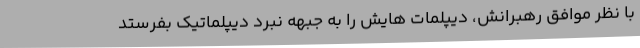
با نظر موافق رهبرانش، دیپلمات هایش را به جبهه نبرد دیپلماتیک بفرستد